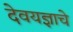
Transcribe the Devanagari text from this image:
देवयज्ञाचे